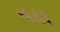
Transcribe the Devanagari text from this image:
गाओचे